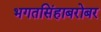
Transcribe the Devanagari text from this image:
भगतसिंहाबरोबर